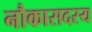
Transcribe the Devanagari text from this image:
नौकासदस्य